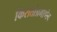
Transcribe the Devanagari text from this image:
किरातांप्रमाणेच